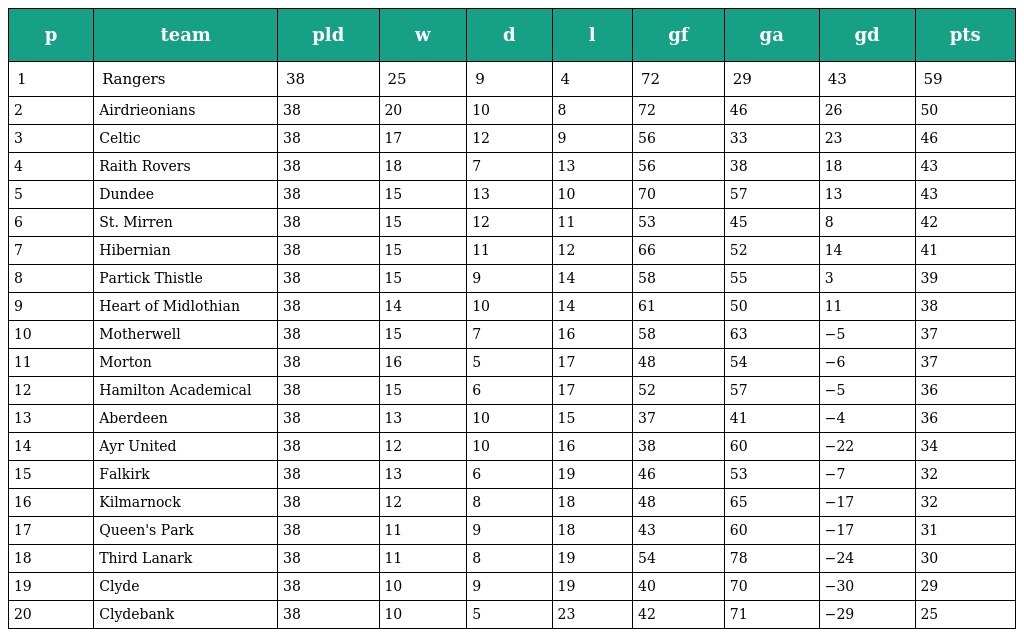
| p | team | pld | w | d | l | gf | ga | gd | pts |
 | --- | --- | --- | --- | --- | --- | --- | --- | --- | --- |
 | 1 | Rangers | 38 | 25 | 9 | 4 | 72 | 29 | 43 | 59 |
 | 2 | Airdrieonians | 38 | 20 | 10 | 8 | 72 | 46 | 26 | 50 |
 | 3 | Celtic | 38 | 17 | 12 | 9 | 56 | 33 | 23 | 46 |
 | 4 | Raith Rovers | 38 | 18 | 7 | 13 | 56 | 38 | 18 | 43 |
 | 5 | Dundee | 38 | 15 | 13 | 10 | 70 | 57 | 13 | 43 |
 | 6 | St. Mirren | 38 | 15 | 12 | 11 | 53 | 45 | 8 | 42 |
 | 7 | Hibernian | 38 | 15 | 11 | 12 | 66 | 52 | 14 | 41 |
 | 8 | Partick Thistle | 38 | 15 | 9 | 14 | 58 | 55 | 3 | 39 |
 | 9 | Heart of Midlothian | 38 | 14 | 10 | 14 | 61 | 50 | 11 | 38 |
 | 10 | Motherwell | 38 | 15 | 7 | 16 | 58 | 63 | −5 | 37 |
 | 11 | Morton | 38 | 16 | 5 | 17 | 48 | 54 | −6 | 37 |
 | 12 | Hamilton Academical | 38 | 15 | 6 | 17 | 52 | 57 | −5 | 36 |
 | 13 | Aberdeen | 38 | 13 | 10 | 15 | 37 | 41 | −4 | 36 |
 | 14 | Ayr United | 38 | 12 | 10 | 16 | 38 | 60 | −22 | 34 |
 | 15 | Falkirk | 38 | 13 | 6 | 19 | 46 | 53 | −7 | 32 |
 | 16 | Kilmarnock | 38 | 12 | 8 | 18 | 48 | 65 | −17 | 32 |
 | 17 | Queen's Park | 38 | 11 | 9 | 18 | 43 | 60 | −17 | 31 |
 | 18 | Third Lanark | 38 | 11 | 8 | 19 | 54 | 78 | −24 | 30 |
 | 19 | Clyde | 38 | 10 | 9 | 19 | 40 | 70 | −30 | 29 |
 | 20 | Clydebank | 38 | 10 | 5 | 23 | 42 | 71 | −29 | 25 |